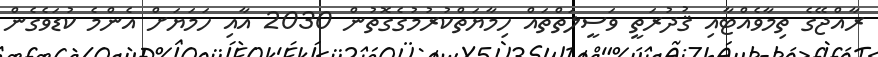
ރާއްޖޭގެ ތިމާވެއްޓާއި ޤުދުރަތީ ވަސީލަތްތައް ހިމާޔަތްކުރުމުގެގޮތުން 2030 އާއި ހަމަޔަށް އެންމެ ކުޑަވެގެން